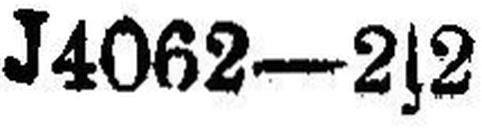
J4062—2s2